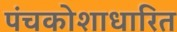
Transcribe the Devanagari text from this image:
पंचकोशाधारित